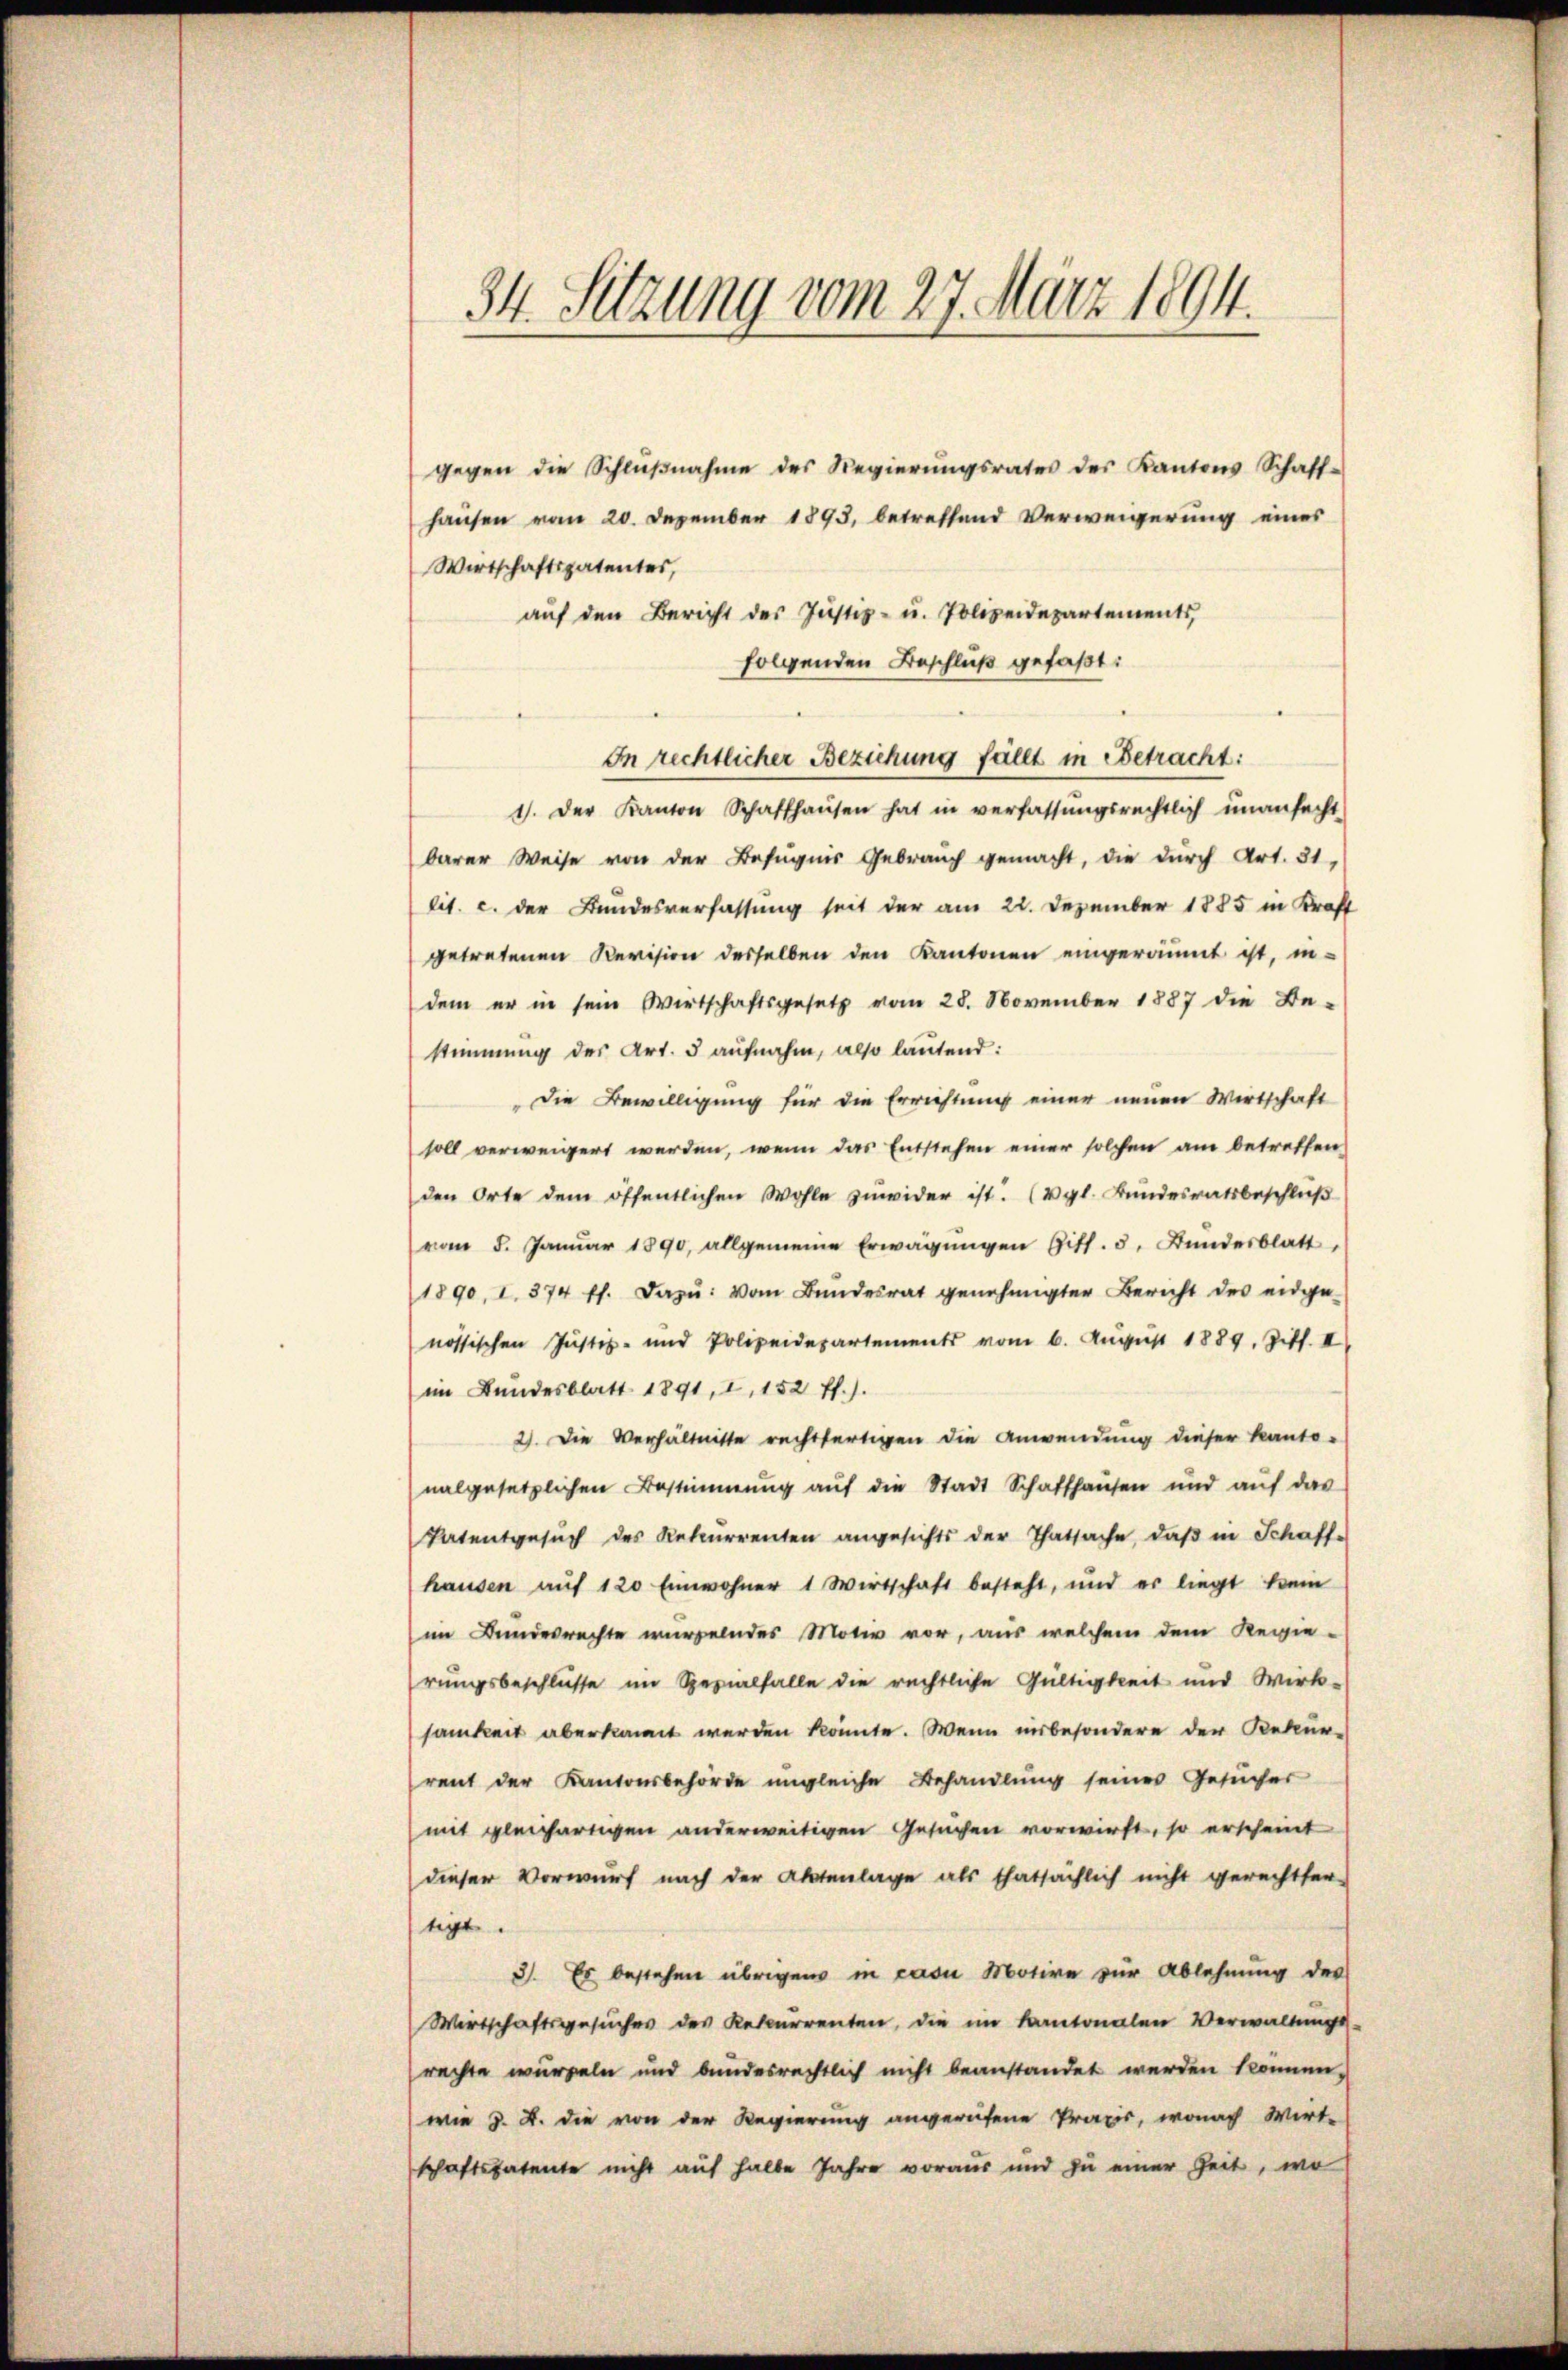
34. Sitzung vom 27. März 1894.

gegen die Schlŭβnahme des Regierŭngsrates des Kantons Schaff-
hausen vom 20. Dezember 1893, betreffend Verweigerung eines
Wirtschaftspatentes,
folgenden Beschluß gefaßt:
1). Der Kanton Schaffhaŭsen hat in verfassŭngsrechtlich unanfecht
barer Weise von der Befugnis Gebrauch gemacht, die durch Art. 31,
lit. c. der Bundesverfassung seit der am 22. Dezember 1885 in Kraft
getretenen Revision desselben den Kantonen eingeräumt ist, in-
dem er in sein Wirtschaftsgesetz vom 28. November 1887 die Be-
stimmung des Art. 5 aufnahm, also lautend:
Die Bewilligung für die Errichtung einer neuen Wirtschaft
soll verweigert werden, wenn das Entstehen einer solchen am betreffen
den Orte dem öffentlichen Wohle zŭwider ist. (Vgl. Bundesratsbeschluß
vom 5. Januar 1890, allgemeine Erwägŭngen Gitt. 5. Bŭndesblatt,
1890, I. 374 ff. dazu: vom Bundesrat genehmigter Bericht des eidge-
nössischen Justiz- und Polizeidepartements vom 6. August 1889. Ziff. II
im Bundesblatt 1891, I, 152 ff.).
2). Die Verhältnisse rechtfertigen die Anwendung dieser kanto-
nalgesetzlichen Bestimmung auf die Stadt Schaffhausen und auf das
Patentgesŭch des Rekurrenten angesichts der Thatsache, daβ in Schaff-
hausen aŭf 120 Einwohner 1 Wirtschaft besteht, und er liegt kein
(im Bundesrechte wurgelndes Motiv vor, aus welchem dem Regie-
rungsbeschlüsse im Spezialfalle die rechtliche Gültigkeit und Wirk-
samkeit aberkannt werden könnte. Wenn insbesondere der Rekur-
rent der Kantonsbehörde ungleiche Behandlung seines Gesucher
mit gleichartigen anderweitigen Gesuchen vorwirft, so erscheint
dieser Vorwurf nach der Aktenlage als thatsächlich nicht gerechtser-
tigt.
3. Es bestehen übrigens in casu Motive zur Ablehnung der
Wirtschaftsgesŭches des Rekurrenten, die im Kantonalen Verwaltŭngs-
rachte wurzeln und bundesrechtlich nicht beanstandet werden können,
wie 3. A. die von der Regierung angerufene Praxis, wonach Wirt-
schaftspatente nicht auf halbe Jahre voraus und zŭ einer Zeit, wo

auf den Bericht des Justiz- u. Polizeidepartements,

In rechtlicher Beziehung fällt in Betracht: